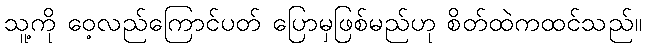
သူ့ကို ဝေ့လည်ကြောင်ပတ် ပြောမှဖြစ်မည်ဟု စိတ်ထဲကထင်သည်။